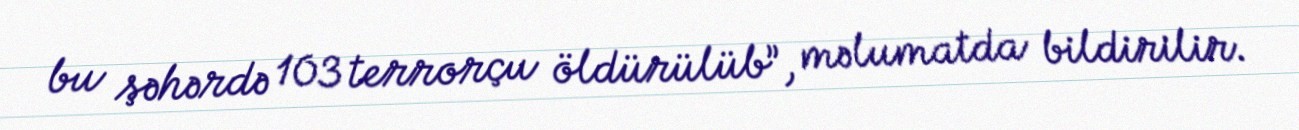
bu şəhərdə 103 terrorçu öldürülüb”, məlumatda bildirilir.